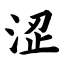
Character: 涩